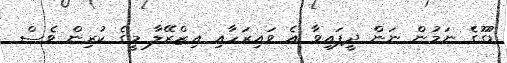
ޑުގޫގެ ނަމުން ނަން ދީފައިވާ އެ ވައިރަހާއި އިޒްރޭލާ މީގެ ކުރިން ވެސް